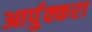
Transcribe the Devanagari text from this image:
आर्पुक्करा